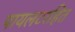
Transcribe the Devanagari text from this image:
पायलटरहित